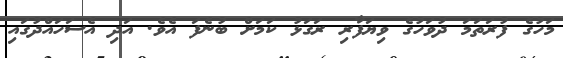
މަހުގެ ފުރަތަމަ ދުވަހުގެ ވިޔަފާރި ރަގަޅު ކަމަށް ބުނެފަ އެވެ. އަދި އެސަހައްދުގައި